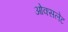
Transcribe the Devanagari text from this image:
ओक्सलेट